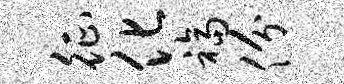
征化福份